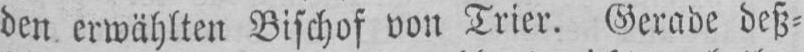
den erwählten Bischof von Trier. Gerade deß⸗